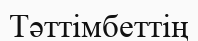
Тәттімбеттің